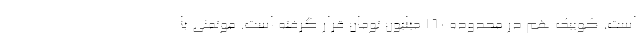
است. کوییک هم در محدوده ۱۶۰ میلیون تومان قرار گرفته است. موتمنی با